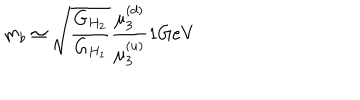
m _ { b } \simeq { \sqrt { \frac { G _ { H _ { 2 } } } { G _ { H _ { 1 } } } } } { \frac { \mu _ { 3 } ^ { ( d ) } } { \mu _ { 3 } ^ { ( u ) } } } { 1 } \mathrm { G e V }